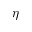
\eta